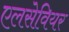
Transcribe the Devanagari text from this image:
एलसेवियर